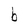
Character: b